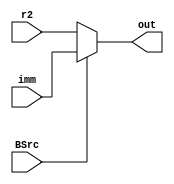
module regImmMUX (r2, imm, BSrc , out);
    input [31:0] r2;
    input [31:0] imm;
    input BSrc;
    output [31:0] out;
    
    assign out = BSrc? imm : r2;

endmodule